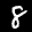
Label: 8